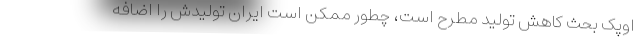
اوپک بحث کاهش تولید مطرح است، چطور ممکن است ایران تولیدش را اضافه